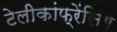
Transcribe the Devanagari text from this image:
टेलीकांफ्रेंसिंग